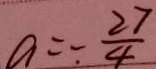
a = - \frac { 2 7 } { 4 }